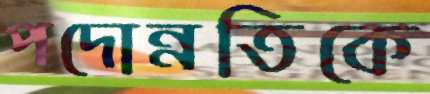
পদোন্নতিকে